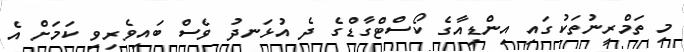
މި ތަމްރީނުތަކުގައި އިންޑިއާގެ ކޯސްޓްގާޑްގެ ދެ އުޅަނދު ވެސް ބައިވެރިވި ކަމަށް އެ